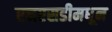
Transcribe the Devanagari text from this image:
एनएसडीमधून